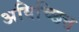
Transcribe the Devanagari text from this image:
अविच्छित्त